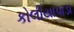
કોલીયાપાડા